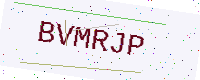
Text: BVMRJP